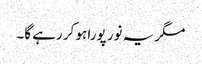
مگر یہ نور پورا ہو کر رہے گا۔